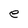
Character: e